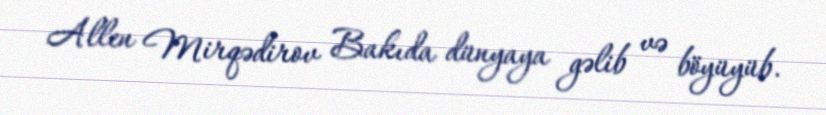
Allen Mirqədirov Bakıda dünyaya gəlib və böyüyüb.